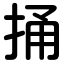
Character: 捅